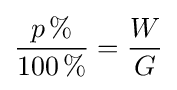
{\frac {p\,\%}{100\,\%}}={\frac {W}{G}}